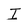
Character: I